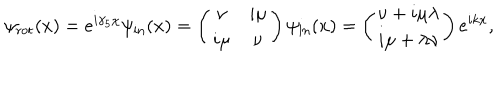
\psi _ { \mathrm { r o t } } ( x ) = e ^ { i \gamma _ { 5 } \chi } \psi _ { \mathrm { i n } } ( x ) = \left( \begin{matrix} { { \nu } } & { { i \mu } } \\ { { i \mu } } & { { \nu } } \\ \end{matrix} \right) \psi _ { \mathrm { i n } } ( x ) = \left( \begin{matrix} { { \nu + i \mu \lambda } } \\ { { i \mu + \lambda \nu } } \\ \end{matrix} \right) e ^ { i k x } ,